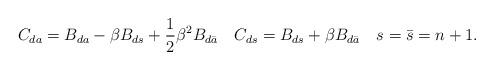
LaTeX: \begin{align*}C_{da}=B_{da}-\beta B_{ds}+\frac{1}{2}\beta^2 B_{d\bar a}\quad C_{ds} = B_{ds} + \beta B_{d\bar a}\quad s=\bar s = n+1.\end{align*}